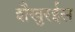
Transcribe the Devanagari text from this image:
शैखुरईस